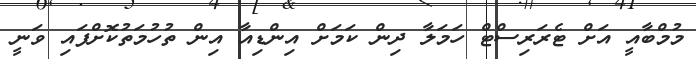
މުމްބާއީ އަށް ޓެރަރިސްޓް ހަމަލާ ދިން ކަމަށް އިންޑިއާ އިން ތުހުމަތުކޮށްފައި ވަނީ